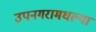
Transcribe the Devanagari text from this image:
उपनगरामधल्या